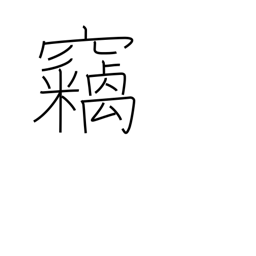
Meaning: hushed